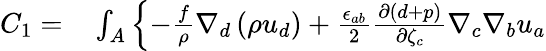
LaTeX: \begin{array}{rl}{C_{1}=}&{{}\int_{A}\left\{ -\frac{f}{\rho}\nabla_{d}\left(\rho u_{d}\right)+\frac{\epsilon_{ab}}{2}\frac{\partial(d+p)}{\partial{\zeta}_{c}}\nabla_{c}\nabla_{b}{u}_{a}\right.}\end{array}